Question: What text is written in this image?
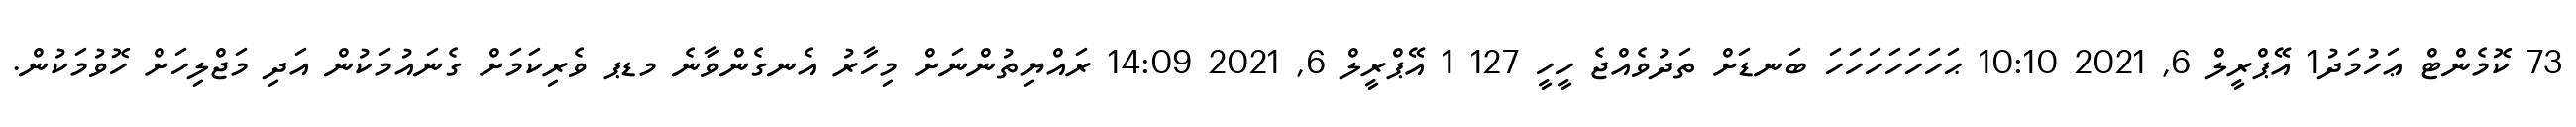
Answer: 73 ކޮމެންޓް ޢަހުމަދު1 އޭޕްރީލް 6, 2021 10:10 ޙަހަހަހަހަހަހަ ބަނޑަށް ތަދުވެއްޖެ ހީހީ 127 1 އޭޕްރީލް 6, 2021 14:09 ރައްޔިތުންނަށް މިހާރު އެނގެންވާނެ މޑޕ ވެރިކަމަށް ގެނައުމަކުން އަދި މަޖްލިހަށް ހޮވުމަކުން.